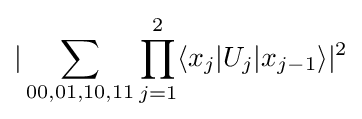
|\sum _{00,01,10,11}\prod _{j=1}^{2}\langle x_{j}|U_{j}|x_{j-1}\rangle |^{2}